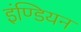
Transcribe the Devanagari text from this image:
इंण्डियन